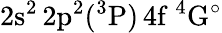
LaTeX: \mathrm{2s^{2}\, 2p^{2}(^{3}P)\, 4f~^{4}G^{\circ}}